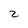
Character: 2